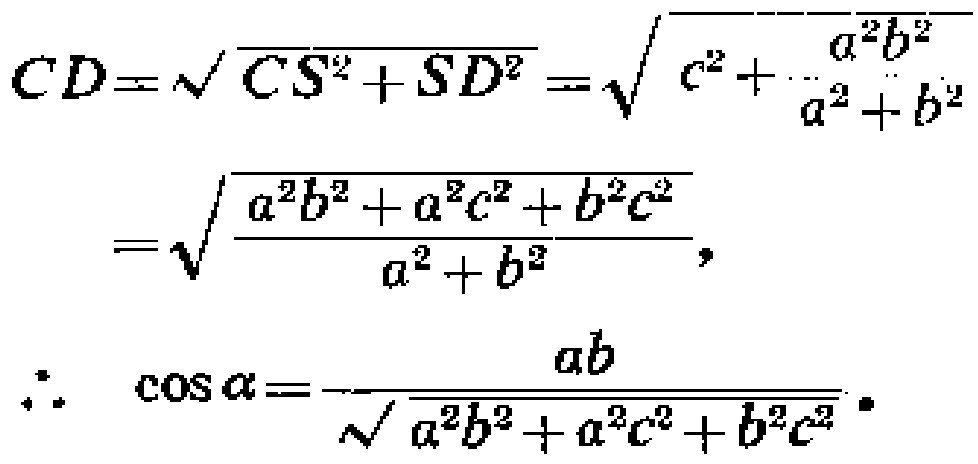
\[
\begin{align*}
CD&=\sqrt{CS^{2}+SD^{2}}=\sqrt{c^{2}+\frac{a^{2}b^{2}}{a^{2}+b^{2}}}\\
&=\sqrt{\frac{a^{2}b^{2}+a^{2}c^{2}+b^{2}c^{2}}{a^{2}+b^{2}}},\\
\therefore\ \cos\alpha&=-\frac{ab}{\sqrt{a^{2}b^{2}+a^{2}c^{2}+b^{2}c^{2}}}.
\end{align*}
\]